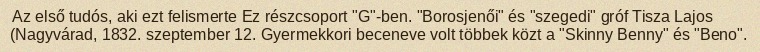
Az első tudós, aki ezt felismerte Ez részcsoport "G"-ben. "Borosjenői" és "szegedi" gróf Tisza Lajos (Nagyvárad, 1832. szeptember 12. Gyermekkori beceneve volt többek közt a "Skinny Benny" és "Beno".